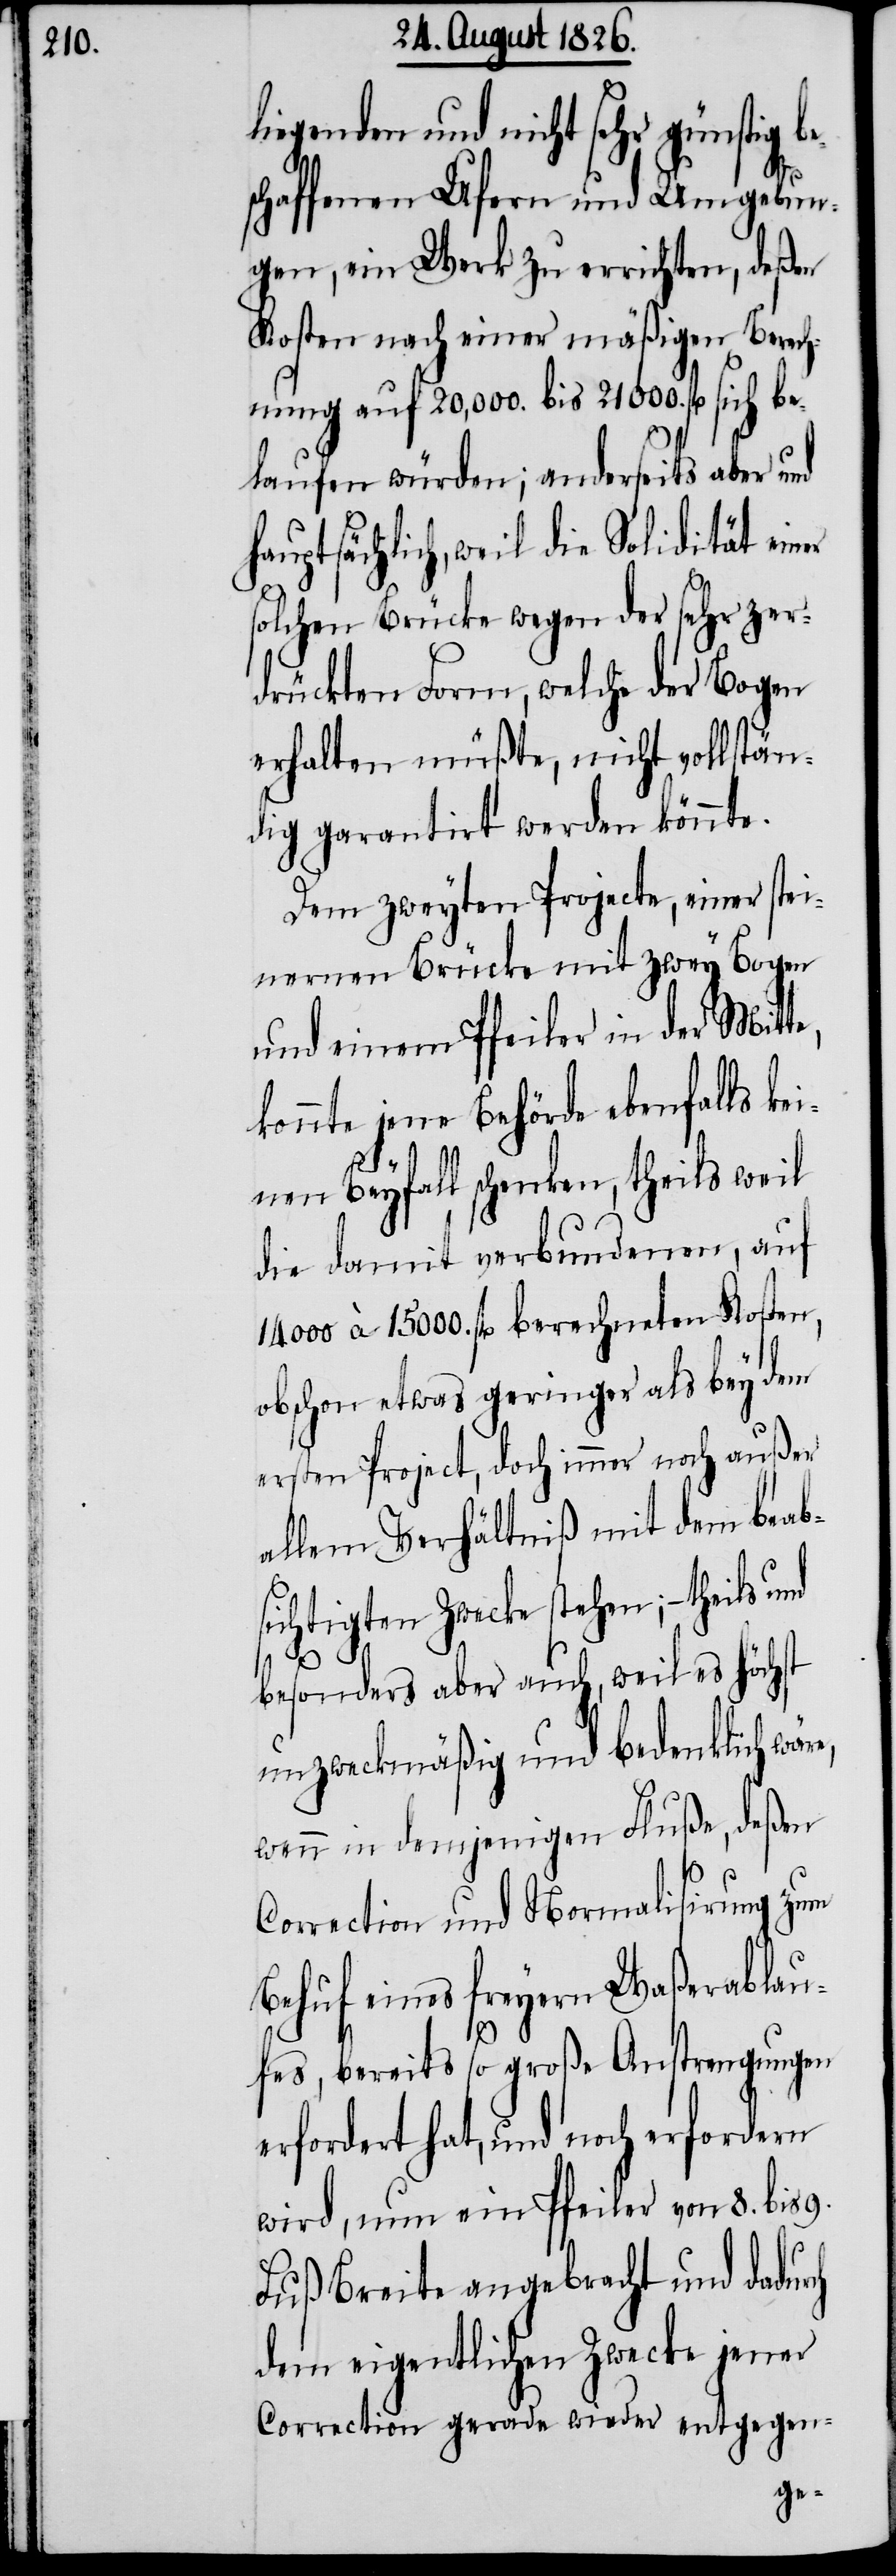
liegenden und nicht sehr günstig
schaffenen Ufern und Umgebun¬
gen, ein Werk zu errichten, deßen
Kosten nach einer mäßigen Berech¬
nung auf 20‘000. bis 21‘000. fl. sich be¬
laufen würden; anderseits aber
hauptsächlich, weil die Solidität einer
solchen Brücke wegen der sehr zer¬
drückten Form, welche der Bogen
erhalten müßte, nicht vollstän¬
dig garantirt werden könnte.
Dem zweyten Projecte, einer stei¬
nernen Brücke mit zwey Bogen
und einem Pfeiler in der Mitte,
konnte jene Behörde ebenfalls kei¬
rch
nen Beyfall schenken, theils weil
die damit verbundenen, auf
000 à 15 000. fl. berechneten Kosten,
obschon etwas geringer als bey dem
ersten Project, doch immer noch außer
allem Verhältniß mit dem beab¬
sichtigten Zwecke stehen; – theils
besonders aber auch, weil es höchst
unzweckmäßig und bedenklich wäre,
wenn in demjenigen Fluße, deßen
zum
Correction und Normalisierung
Behuf eines freyern Waßerablau¬
fes, bereits so große Anstrengungen
erfordert hat, und noch erfordern
wird, nun ein Pfeiler von 8. bis 9.
Fuß Breite angebracht und dadu¬
dem eigentlichen Zwecke jener
Correction gerade wieder entgegen-
be¬